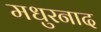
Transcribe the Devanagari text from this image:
मधुरनाद